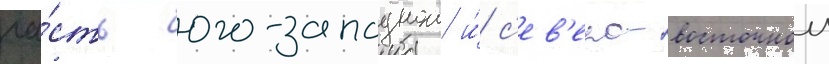
ча́сть юго-западнои и́ с'ев'еро-восточнои